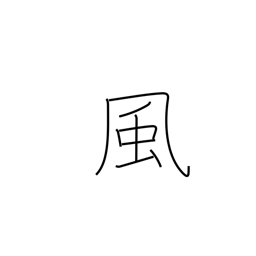
Meaning: style